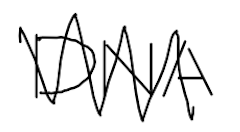
Text: DNA
Cross-out: zig-zag
Writing tool: digital_black